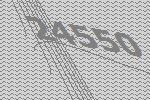
24550